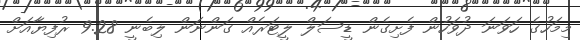
މިމަހުގެ ހަވަނަ ދުވަހުން ފެށިގެން ޑީސަލް ލީޓަރެއް ގަންނަން ލިބެނީ 9.28 ރުފިޔާއަށް